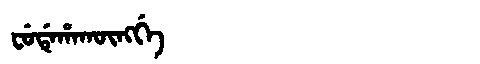
Manchu: ᠸᡠᡩᡝᡥᠠᡴᡡᠩᡤᡝ
Romanization: FUDEHAKŪNGGE